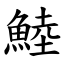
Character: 鯥